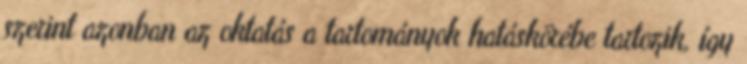
szerint azonban az oktatás a tartományok hatáskörébe tartozik, így